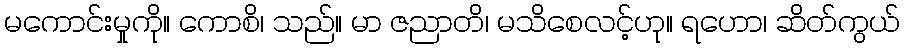
မကောင်းမှုကို။ ကောစိ၊ သည်။ မာ ဇညာတိ၊ မသိစေလင့်ဟု။ ရဟော၊ ဆိတ်ကွယ်